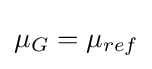
\mu _{G}=\mu _{ref}